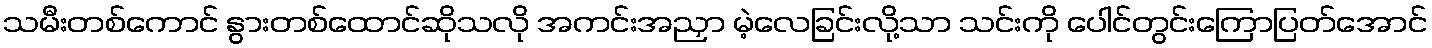
သမီးတစ်ကောင် နွားတစ်ထောင်ဆိုသလို အကင်းအညှာ မဲ့လေခြင်းလို့သာ သင်းကို ပေါင်တွင်းကြောပြတ်အောင်